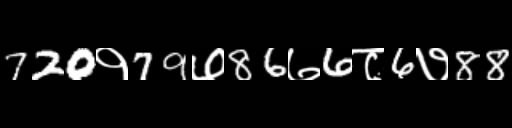
Text: 720१79७86७6८6७88